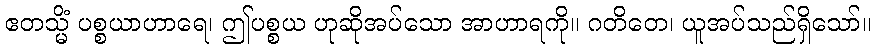
ဧတသ္မိံ ပစ္စယာဟာရေ၊ ဤပစ္စယ ဟုဆိုအပ်သော အာဟာရကို။ ဂတိတေ၊ ယူအပ်သည်ရှိသော်။